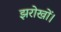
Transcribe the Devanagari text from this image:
झरोखों।